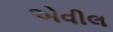
એવીલ